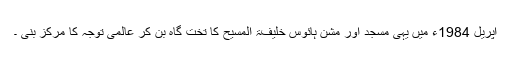
اپریل 1984ء میں یہی مسجد اور مشن ہائوس خلیفۃ المسیح کا تخت گاہ بن کر عالمی توجہ کا مرکز بنی ۔